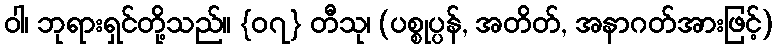
ဝါ၊ ဘုရားရှင်တို့သည်။ {၀၇} တီသု၊ (ပစ္စုပ္ပန်, အတိတ်, အနာဂတ်အားဖြင့်)